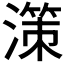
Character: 𣽤